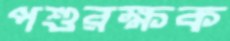
পশুরক্ষক